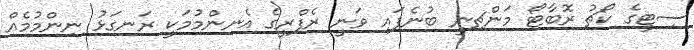
ސިޓީގެ ކޯޗު ރޮބާޓޯ މަންޗިނީ ބުނެފައި ވަނީ ރެފްރީގެ އެނިންމުމަކީ ރަނގަޅު ނިންމުމެއް